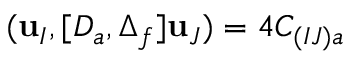
( { \bf u } _ { I } , [ D _ { a } , \Delta _ { f } ] { \bf u } _ { J } ) = 4 C _ { ( I J ) a }